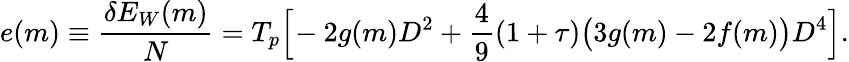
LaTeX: \begin{array}{ccc}{\displaystyle{e(m)\equiv\frac{\delta E_{W}(m)}{N}=T_{p}\Big[\! -2g(m)D^{2}+\frac{4}{9}(1+\tau)\big(3g(m)-2f(m)\big)D^{4}\Big].}}\end{array}